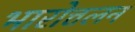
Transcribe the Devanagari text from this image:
भारोत्तलन